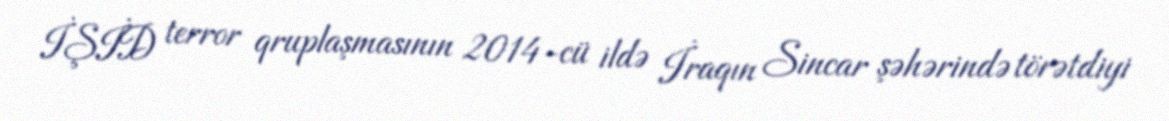
İŞİD terror qruplaşmasının 2014-cü ildə İraqın Sincar şəhərində törətdiyi